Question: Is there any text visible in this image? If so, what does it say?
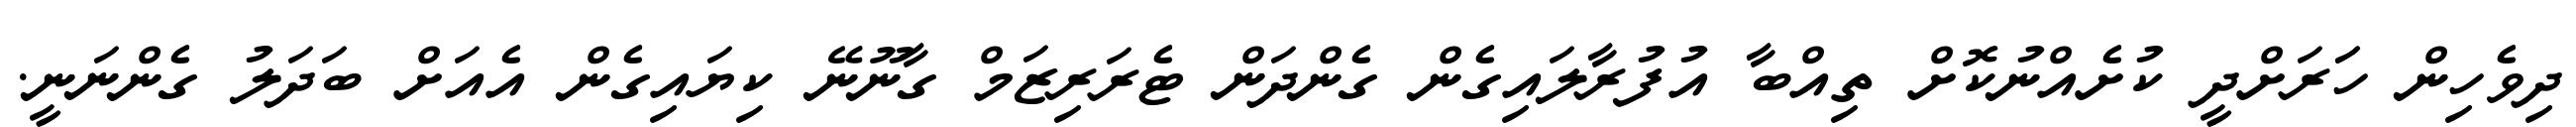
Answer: ދިވެހިން ހަަރަށްދީ ކުށެއްނުކޮށް ތިއްބާ އުފުރާލައިގެން ގެންދަން ޓެރަރިޒަމް ގާނޫނޭ ކިޔައިގެން އެއަށް ބަދަލު ގެންނަނީ.